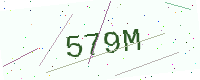
Text: 579M